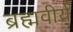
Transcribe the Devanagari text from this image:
ब्रह्मवीर्य